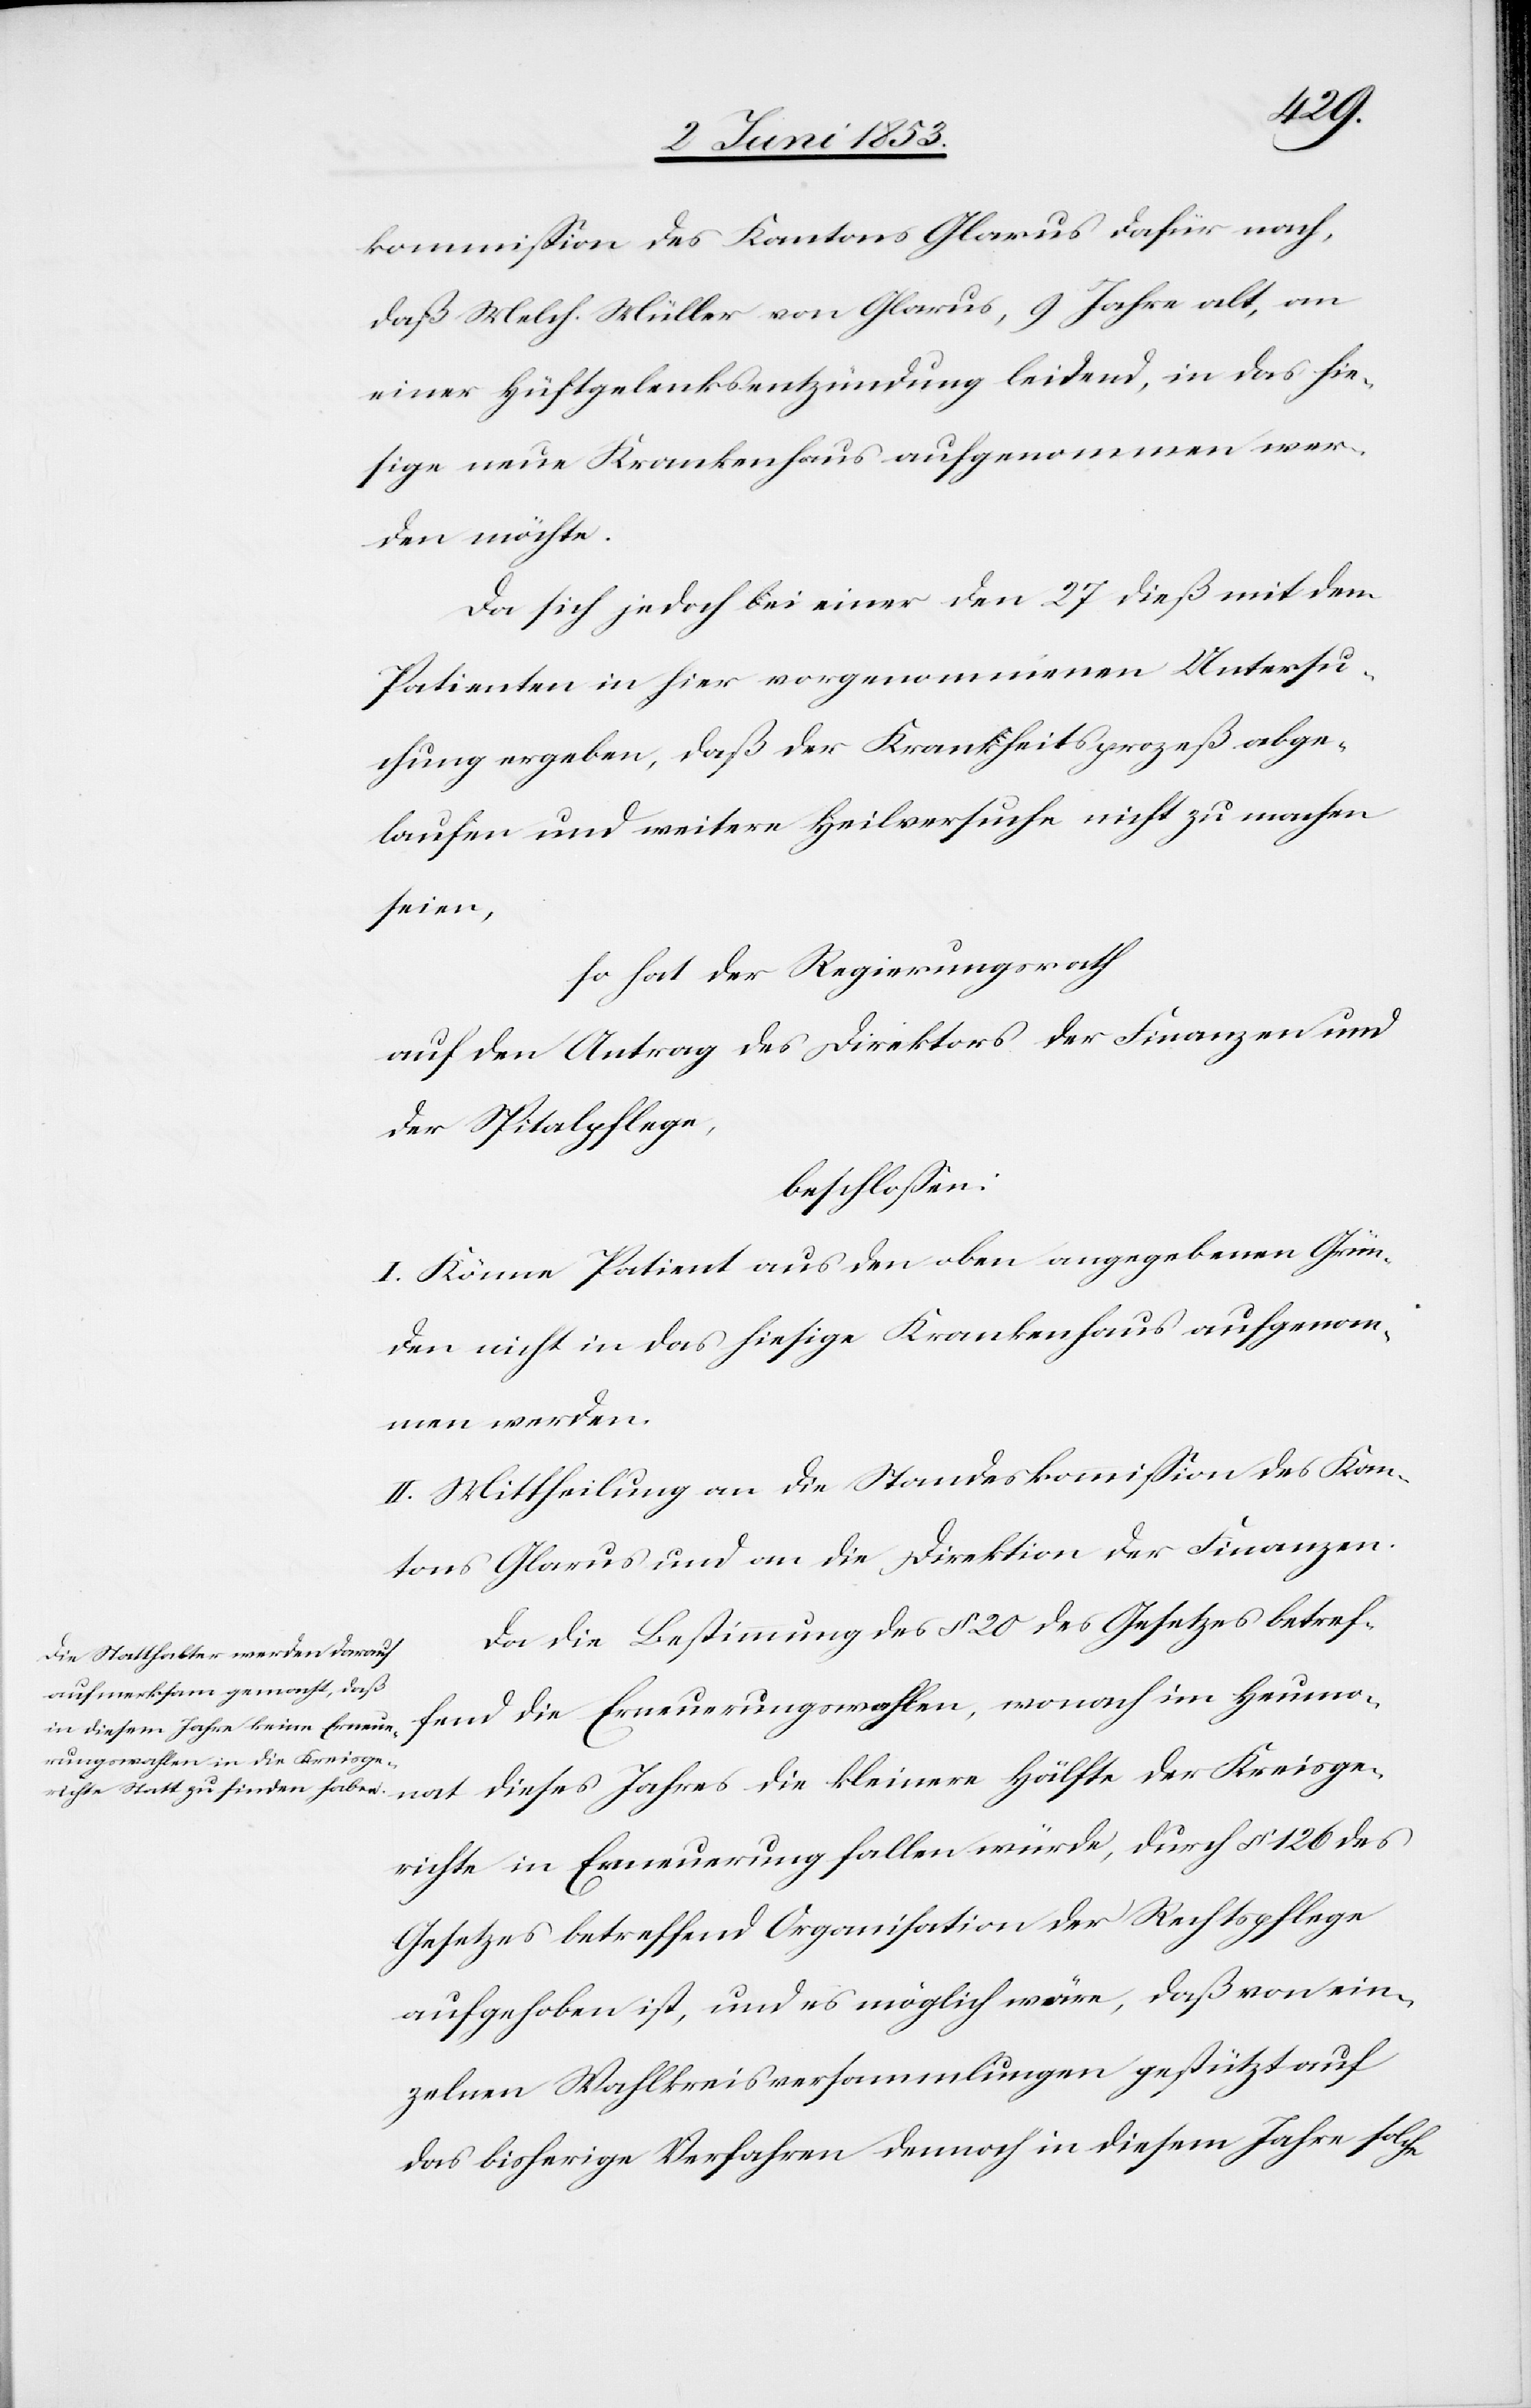
kommißion des Kantons Glarus dafür nach,
daß Melch. Müller von Glarus, 9 Jahre alt, an
einer Hüftgelenksentzündung leidend, in das hie¬
sige neue Krankenhaus aufgenommen wer¬
den möchte.
Da sich jedoch bei einer den 27 dieß mit dem
Patienten in hier vorgenommenen Untersu¬
chung ergeben, daß der Krankheitsprozeß abge¬
laufen und weitere Heilversuche nicht zu machen
seien,
so hat der Regierungsrath
auf den Antrag des Direktors der Finanzen und
Spitalpflege,
beschloßen:
I. Könne Patient aus den oben angegebenen Grün¬
den nicht in das hiesige Krankenhaus aufgenom¬
men werden.
II. Mittheilung an die Standeskommißion des Kan¬
tons Glarus und an die Direktion der Finanzen.
Da die Bestimmung des § 20 des Gesetzes betref¬
Hälfte der Kreisge¬
richte in Erneuerung fallen würde, durch § 126 des
Gesetzes betreffend Organisation der Rechtspflege
aufgehoben ist, und es möglich wäre, daß von ein¬
zelnen Wahlkreisversammlungen gestützt auf
das bisherige Verfahren dennoch in diesem Jahre solche